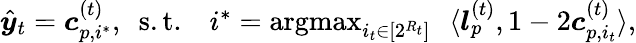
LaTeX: \begin{array}{r}{\hat{\boldsymbol{y}}_{t}=\boldsymbol{c}_{p,i^{*}}^{(t)},~~\mathrm{s.t.}~~~~i^{*}=\operatorname*{argmax}_{i_{t}\in[2^{R_{t}}]}~~\langle\boldsymbol{l}_{p}^{(t)},1-2{\boldsymbol{c}_{p,i_{t}}^{(t)}}\rangle,}\end{array}